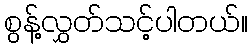
စွန့်လွှတ်သင့်ပါတယ်။